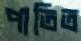
পাতিত